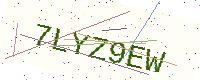
Text: 7LYZ9EW